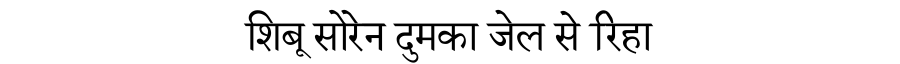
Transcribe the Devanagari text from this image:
शिबू सोरेन दुमका जेल से रिहा